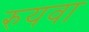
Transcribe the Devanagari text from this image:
रुयवा